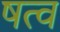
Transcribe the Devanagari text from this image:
षत्व